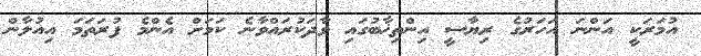
އުމަރަކީ އަންނަ އަހަރުގެ ރިޔާސީ އިންތިޚާބުގައި ވާދަކުރައްވާނެ ކަމަށް އެންމެ ފުރަތަމަ އިއުލާން